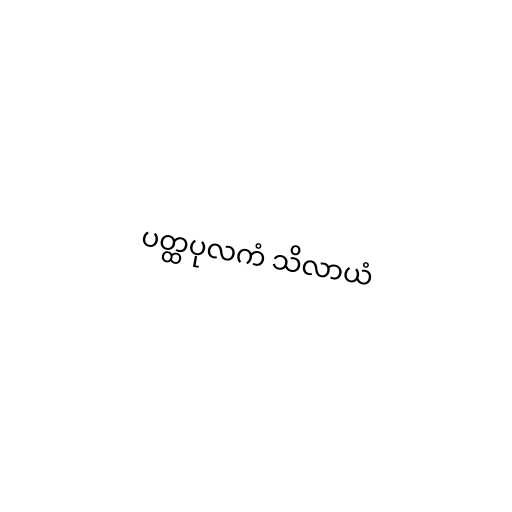
ပတ္ထပုလကံ သိလာယံ